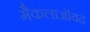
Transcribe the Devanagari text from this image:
मैकलाऑयद